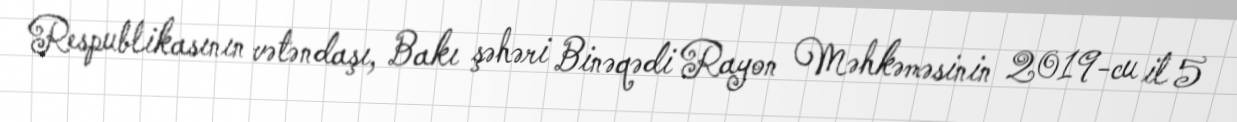
Respublikasının vətəndaşı, Bakı şəhəri Binəqədi Rayon Məhkəməsinin 2019-cu il 5